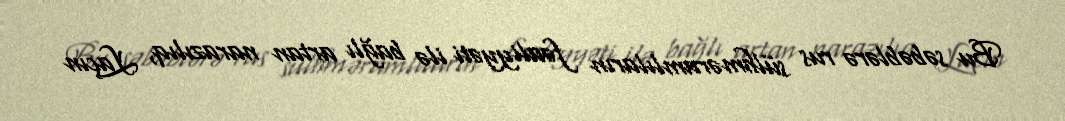
Bu səbəblərə rus sülhməramlıların fəaliyyəti ilə bağlı artan narazılıq, Laçın